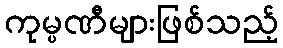
ကုမ္ပဏီများဖြစ်သည့်